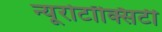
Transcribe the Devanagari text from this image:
न्यूरोटॉक्सिटी